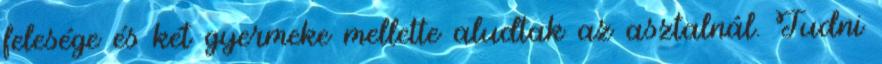
felesége és két gyermeke mellette aludtak az asztalnál. Tudni